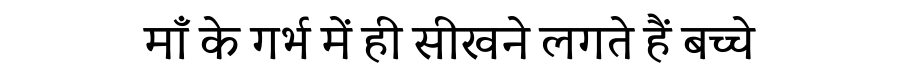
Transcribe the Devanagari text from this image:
माँ के गर्भ में ही सीखने लगते हैं बच्चे